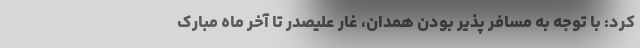
کرد: با توجه به مسافر پذیر بودن همدان، غار علیصدر تا آخر ماه مبارک